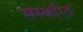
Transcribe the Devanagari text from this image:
संस्करित